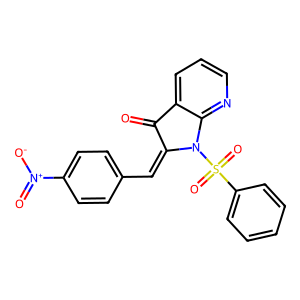
SMILES: O=C1C(=Cc2ccc([N+](=O)[O-])cc2)N(S(=O)(=O)c2ccccc2)c2ncccc21
Inhibits HIV replication: No